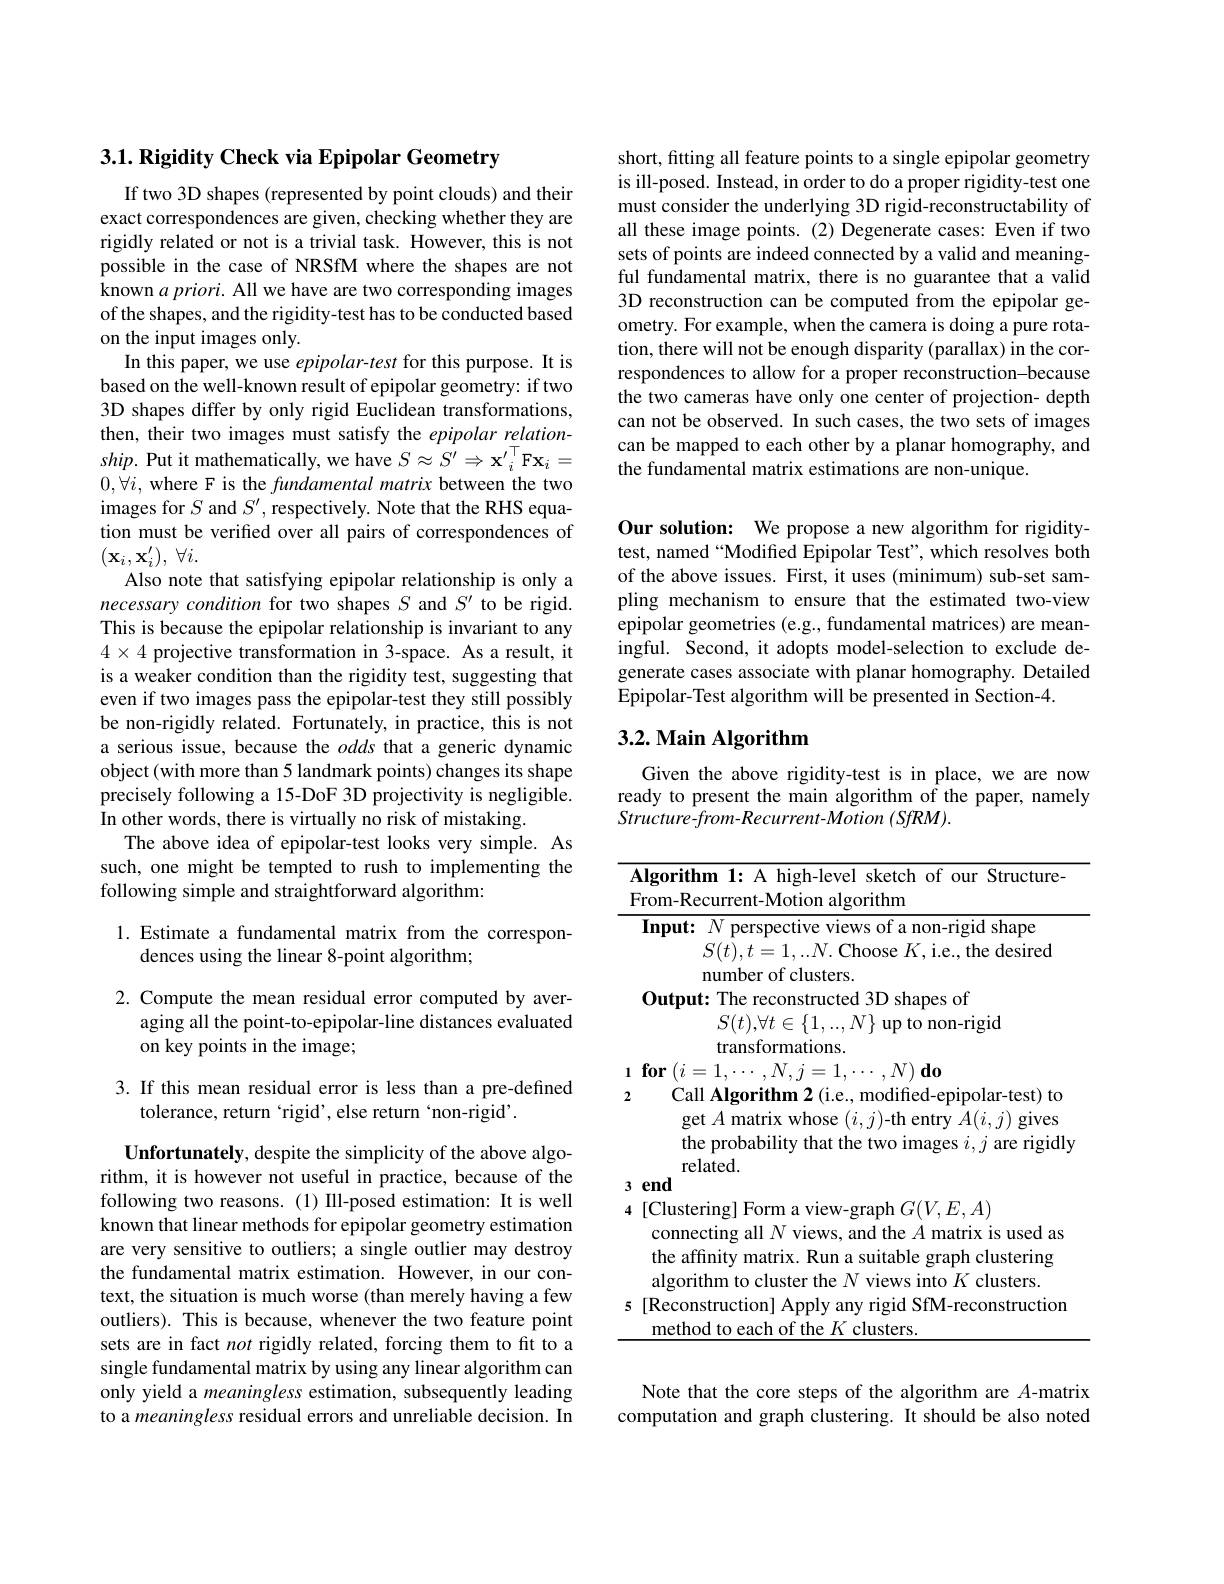
$3. 1. \textbf{ Rigidity Check via Epipolar Geometry}$

If two 3D shapes (represented by point clouds) and their exact correspondences are given, checking whether they are rigidly related or not is a trivial task. However, this is not possible in the case of NRSfM where the shapes are not known $a\textit{priori. All we have are two corresponding images}$ of the shapes, and the rigidity-test has to be conducted based on the input images only.
In this paper, we use epipolar-test for this purpose. It is based on the well-known result of epipolar geometry: if two 3D shapes differ by only rigid Euclidean transformations, then, their two images must satisfy the epipolar relation- $ship.$ Put it mathematically, we have $S\approx S^\prime\Rightarrow\mathbf{x}^{\prime}_i^\top$F$\mathbf{x}_i=$ $0,\forall i$, where F is the fundamental matrix between the two images for $S$ and $S^\prime$, respectively. Note that the RHS equation must be verified over all pairs of correspondences of $( \mathbf{x} _{i}, \mathbf{x} _{i}^{\prime }) $, $\forall i.$
Also note that satisfying epipolar relationship is only a necessary condition for two shapes $S$ and $S^\prime$ to be rigid. This is because the epipolar relationship is invariant to any $4\times4$ projective transformation in 3-space. As a result, it is a weaker condition than the rigidity test, suggesting that even if two images pass the epipolar-test they still possibly be non-rigidly related. Fortunately, in practice, this is not a serious issue, because the odds that a generic dynamic object (with more than 5 landmark points) changes its shape precisely following a 15-DoF 3D projectivity is negligible. In other words, there is virtually no risk of mistaking.
The above idea of epipolar-test looks very simple. As such, one might be tempted to rush to implementing the following simple and straightforward algorithm:

## 1. Estimate a fundamental matrix from the correspondences using the linear 8-point algorithm;

2. Compute the mean residual error computed by aver-
aging all the point-to-epipolar-line distances evaluated
on key points in the image;

3. If this mean residual error is less than a pre-defined
tolerance, return ‘rigid’, else return‘non-rigid’.

Unfortunately, despite the simplicity of the above algorithm, it is however not useful in practice, because of the following two reasons.(1) Ill-posed estimation: It is well known that linear methods for epipolar geometry estimation are very sensitive to outliers; a single outlier may destroy the fundamental matrix estimation. However, in our context, the situation is much worse (than merely having a few outliers). This is because, whenever the two feature point sets are in fact not rigidly related, forcing them to fit to a single fundamental matrix by using any linear algorithm can only yield a meaningless estimation, subsequently leading to a meaningless residual errors and unreliable decision. In

short, fitting all feature points to a single epipolar geometry is ill-posed. Instead, in order to do a proper rigidity-test one must consider the underlying 3D rigid-reconstructability of all these image points.(2) Degenerate cases: Even if two sets of points are indeed connected by a valid and meaningful fundamental matrix, there is no guarantee that a valid 3D reconstruction can be computed from the epipolar geometry. For example, when the camera is doing a pure rotation, there will not be enough disparity (parallax) in the correspondences to allow for a proper reconstruction-because the two cameras have only one center of projection- depth can not be observed. In such cases, the two sets of images can be mapped to each other by a planar homography, and the fundamental matrix estimations are non-unique.

Our solution: We propose a new algorithm for rigiditytest, named“Modified Epipolar Test”, which resolves both of the above issues. First, it uses (minimum) sub-set sampling mechanism to ensure that the estimated two-view epipolar geometries (e.g., fundamental matrices) are meaningful. Second, it adopts model-selection to exclude degenerate cases associate with planar homography. Detailed Epipolar-Test algorithm will be presented in Section-4.

## 3.2. Main Algorithm

Given the above rigidity-test is in place, we are now ready to present the main algorithm of the paper, namely $Structure-from-Recurrent-Motion~(SfRM).$

<table>
	<tbody>
		<tr>
			<td>$\mathbf{F}$</td>
			<td>lgorithm 1: A high-level sketch of our Structure- rom-Recurrent-Motion algorithm</td>
		</tr>
		<tr>
			<td> </td>
			<td>Input: $N$ perspective views of a non-rigid shape $S(t),t=1,...N.$ Choose $K$,i.e., the desired number of clusters.</td>
		</tr>
		<tr>
			<td>2</td>
			<td>Call Algorithm 2 (i.e., modified-epipolar-test) to get $A$ matrix whose $(i,j)$-th entry $A(i,j)$ gives the probability that the two images $i,j$ are rigidly related</td>
		</tr>
		<tr>
			<td>3</td>
			<td>end</td>
		</tr>
		<tr>
			<td>4</td>
			<td>[Clustering] Form a view-graph $G(V,E,A)$ connecting all $N$ views, and the $A$ matrix is used as the affinity matrix. Run a suitable graph clustering algorithm to cluster the $N$ views into $K$ clusters.</td>
		</tr>
		<tr>
			<td>5</td>
			<td>[Reconstruction] Apply any rigid SfM-reconstruction method to each of the $K$ clusters.</td>
		</tr>
	</tbody>
</table>

Note that the core steps of the algorithm are $A$-matrix computation and graph clustering. It should be also noted